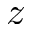
z